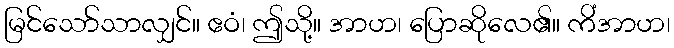
မြင်သော်သာလျှင်။ ဧဝံ၊ ဤသို့။ အာဟ၊ ပြောဆိုလေ၏။ ကိံအာဟ၊